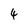
Character: 4